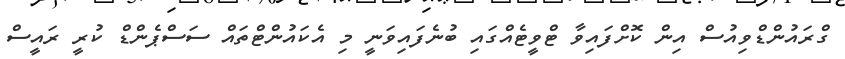
ގްރައުންޑްވިއުސް އިން ކޮށްފައިވާ ޓްވީޓެއްގައި ބުނެފައިވަނީ މި އެކައުންޓްތައް ސަސްޕެންޑް ކުރީ ރައީސް